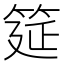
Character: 筵